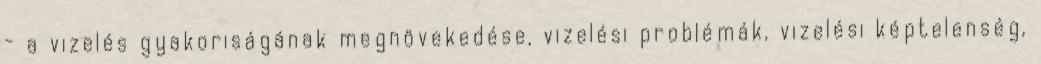
- a vizelés gyakoriságának megnövekedése, vizelési problémák, vizelési képtelenség,